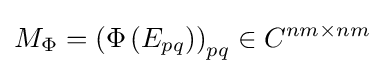
M_{\Phi }=\left(\Phi \left(E_{pq}\right)\right)_{pq}\in C^{nm\times nm}